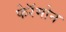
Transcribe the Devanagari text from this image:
फेरॅमोन